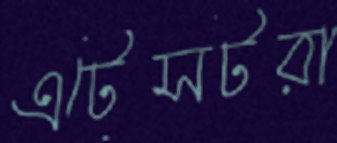
এটেসটরা